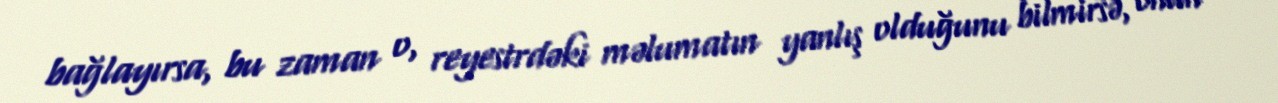
bağlayırsa, bu zaman o, reyestrdəki məlumatın yanlış olduğunu bilmirsə, onun